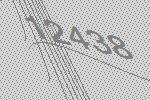
12438